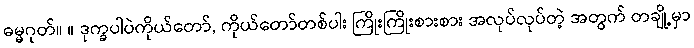
ဓမ္မဂုတ်။ ။ ဒုက္ခပါပဲကိုယ်တော်, ကိုယ်တော်တစ်ပါး ကြိုးကြိုးစားစား အလုပ်လုပ်တဲ့ အတွက် တချို့မှာ